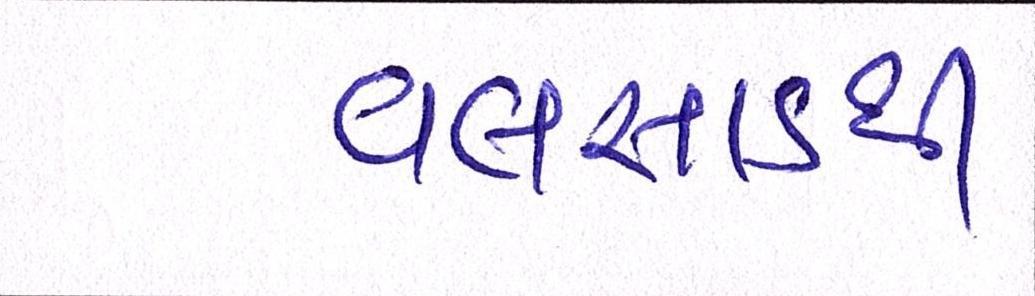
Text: વલસાડથી